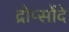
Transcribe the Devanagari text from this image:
द्रोप्सोंदे